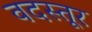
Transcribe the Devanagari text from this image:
वदस्तूर